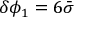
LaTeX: \delta \phi _ { 1 } = 6 \bar { \sigma }